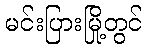
မင်းပြားမြို့တွင်